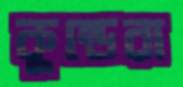
কুন্ডেরা